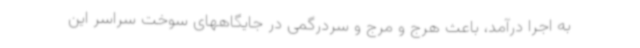
به اجرا درآمد، باعث هرج و مرج و سردرگمی در جایگاههای سوخت سراسر این